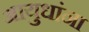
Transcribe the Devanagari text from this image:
आयुधांना